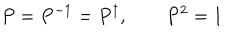
P = P ^ { - 1 } = P ^ { \dagger } , \qquad P ^ { 2 } = 1